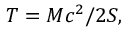
T = M c ^ { 2 } / 2 S ,